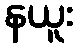
နယူး